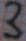
Text: 3